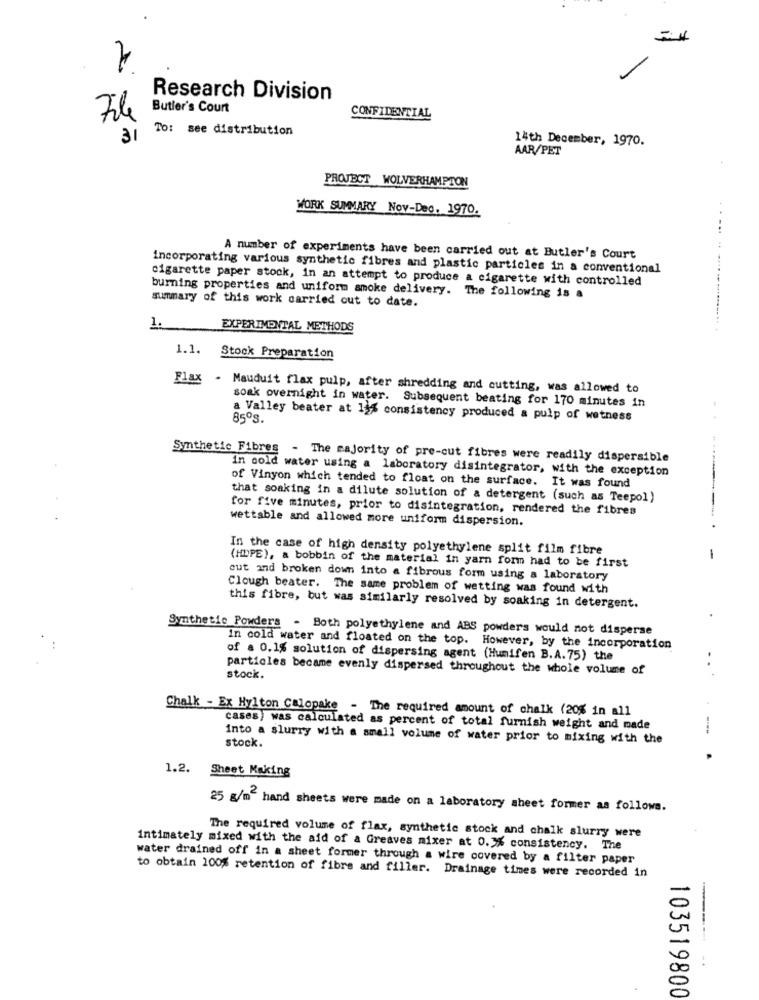
Research Division
Butler's Court
CONFIDENTIAL
To: see distribution
31
14th December, 1970.
AAR/PET
PROJECT WOLVERHAMPTON
WORK SUMMARY Nov-Dec. 1970.
A number of experiments have been carried out at Butler's Court
incorporating various synthetic fibres and plastic particles in a conventional
cigarette paper stock, in an attempt to produce a cigarette with controlled
summary of this work carried out to date.
burning properties and uniform smoke delivery. The following is a
1.
EXPERIMENTAL METHODS
. ... .. ..... .. ......... ...
1.1. Stock Preparation
Flax - Mauduit flax pulp, after shredding and cutting, was allowed to
soak overnight in water. Subsequent beating for 170 minutes in
85ºs.
a Valley beater at 15% consistency produced a pulp of wetness
Synthetic Fibres - The majority of pre-cut fibres were readily dispersible
in cold water using a laboratory disintegrator, with the exception
of Vinyon which tended to float on the surface. It was found
that soaking in a dilute solution of a detergent (such as Teepol)
for five minutes, prior to disintegration, rendered the fibres
wettable and allowed more uniform dispersion.
In the case of high density polyethylene split film fibre
-
(HOPE), a bobbin of the material in yarn form had to be first
out and broken down into a fibrous form using a laboratory
Clough beater. The same problem of wetting was found with
this fibre, but was similarly resolved by soaking in detergent.
Synthetic Powders - Both polyethylene and ABS powders would not disperse
in cold water and floated on the top. However, by the incorporation
of a 0.1% solution of dispersing agent (Humifen B.A.75) the
particles became evenly dispersed throughout the whole volume of
stock.
Chalk - Ex Hylton Calopake - The required amount of chalk (20% in all
cases) was calculated as percent of total furnish weight and made
into a slurry with a small volume of water prior to mixing with the
stock.
1.2. Sheet Making
25 g/m2 hand sheets were made on a laboratory sheet former as follows.
The required volume of flax, synthetic stock and chalk slurry were
intimately mixed with the aid of a Greaves mixer at 0.3% consistency. The
water drained off in a sheet former through a wire covered by a filter paper
to obtain 100% retention of fibre and filler. Drainage times were recorded in
103519800